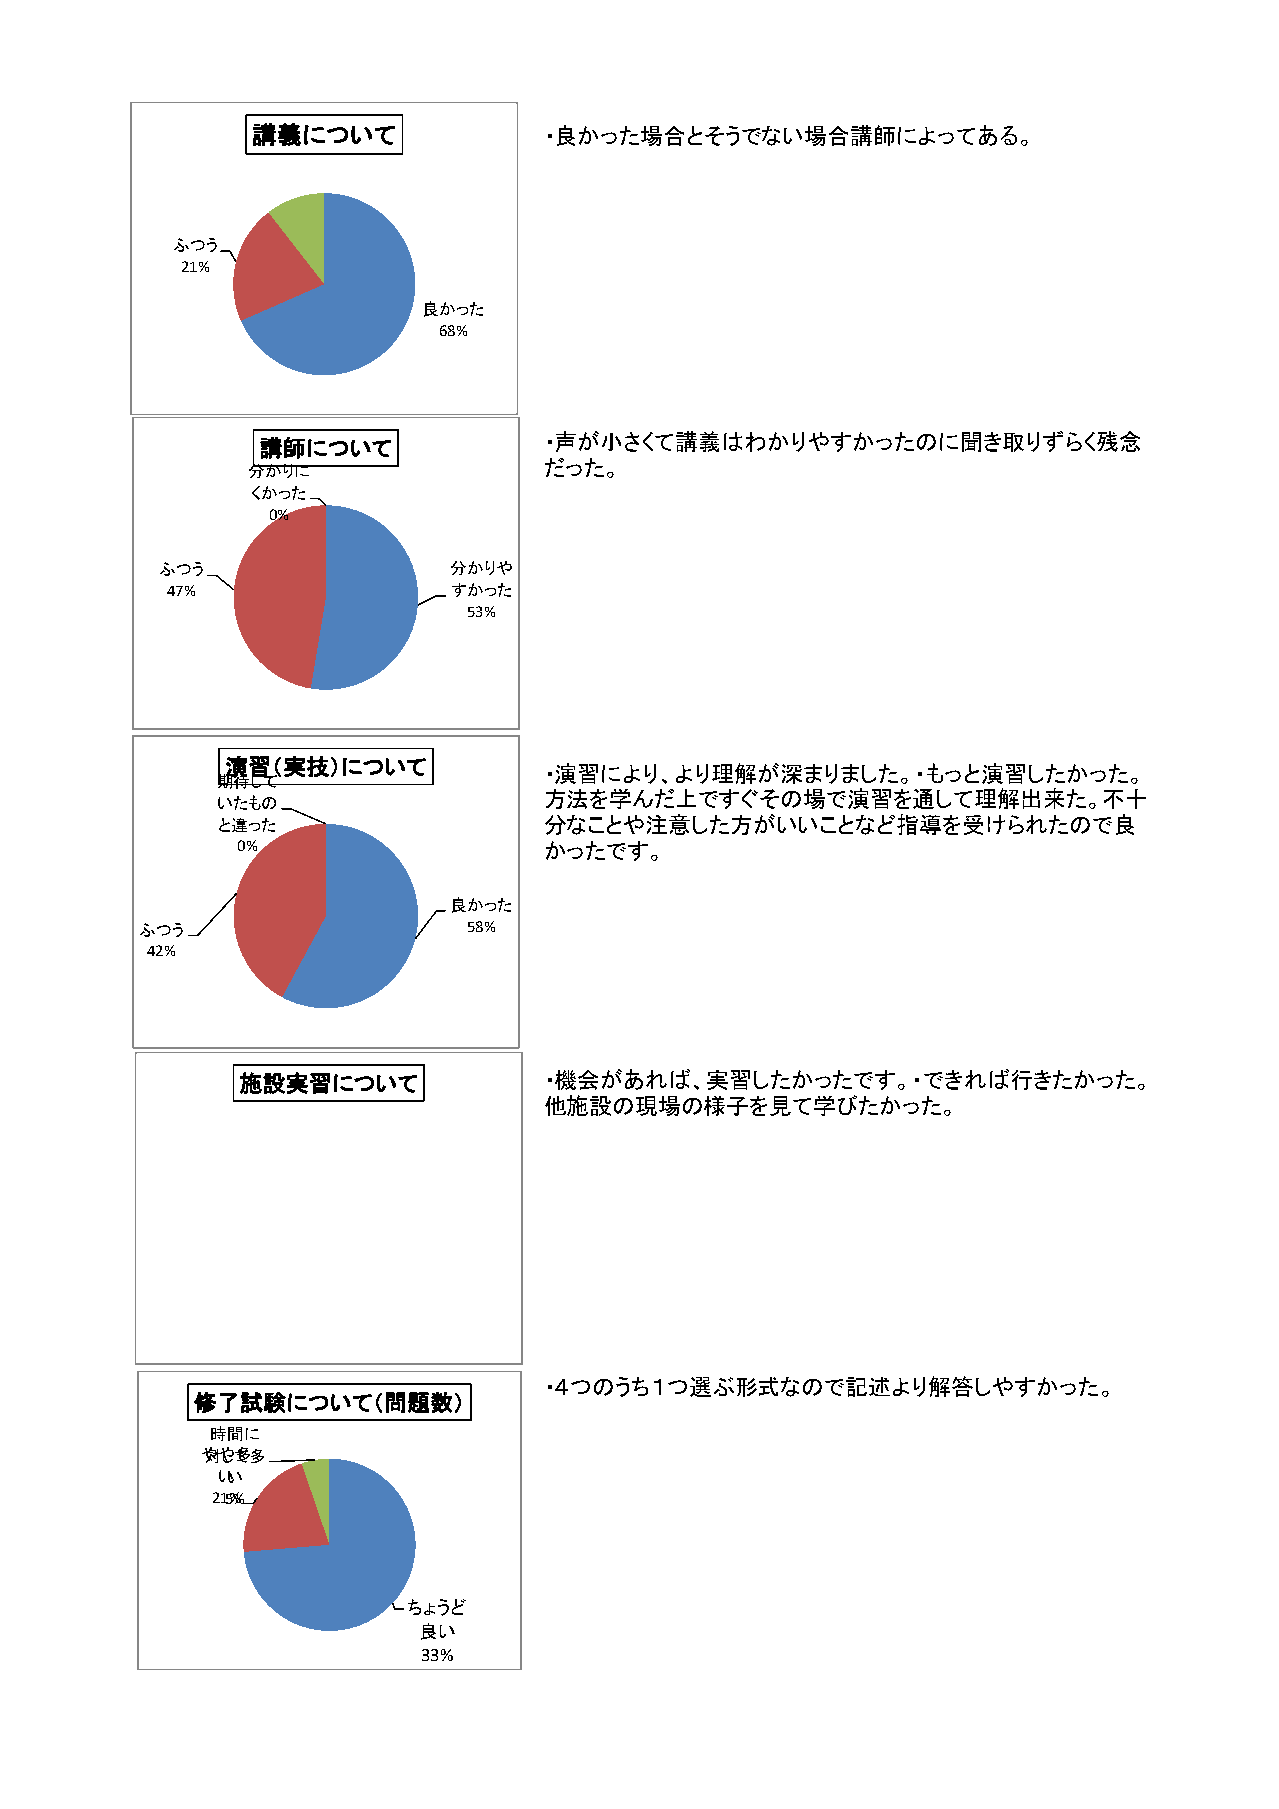
講義について             ・良かった場合とそうでない場合講師によってある。
 ふつう
 21%
 良かった
 68%
 講師について             ・声が小さくて講義はわかりやすかったのに聞き取りずらく残念
 だった。
 分かりに
 くかった
 0%
 ふつう                分かりや
 47%                すかった
 53%
 演習（実技）について
 ・演習により、より理解が深まりました。・もっと演習したかった。
 期待して
 方法を学んだ上ですぐその場で演習を通して理解出来た。不十
 いたもの
 と違った                  分なことや注意した方がいいことなど指導を受けられたので良
 0%                  かったです。
 良かった
 ふつう                   58%
 42%
 施設実習について            ・機会があれば、実習したかったです。・できれば行きたかった。
 他施設の現場の様子を見て学びたかった。
 ・４つのうち１つ選ぶ形式なので記述より解答しやすかった。
 修了試験について（問題数）
 時間に
 や対やして多多
 いい
 215%%
 ちょうど
 良い
 33%